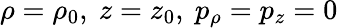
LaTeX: \rho=\rho_{0},\ z=z_{0},\ p_{\rho}=p_{z}=0